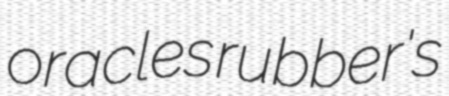
oracles rubber's